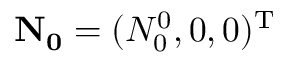
\mathbf { N _ { 0 } } = ( N _ { 0 } ^ { 0 } , 0 , 0 ) ^ { \mathrm { T } }